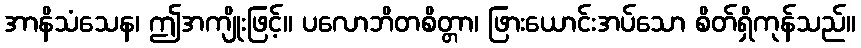
အာနိသံသေန၊ ဤအကျိုးဖြင့်။ ပလောဘိတစိတ္တာ၊ ဖြားယောင်းအပ်သော စိတ်ရှိကုန်သည်။